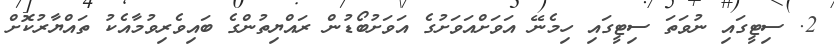
2. ސިޓީގައި ނުވަތަ ސިޓީގައި ހިމެނޭ އަވަށްއަވަށުގެ އަވަށުބޯޑުން ރައްޔިތުންގެ ބައިވެރިވުމާއެކު ތައްޔާރުކޮށް